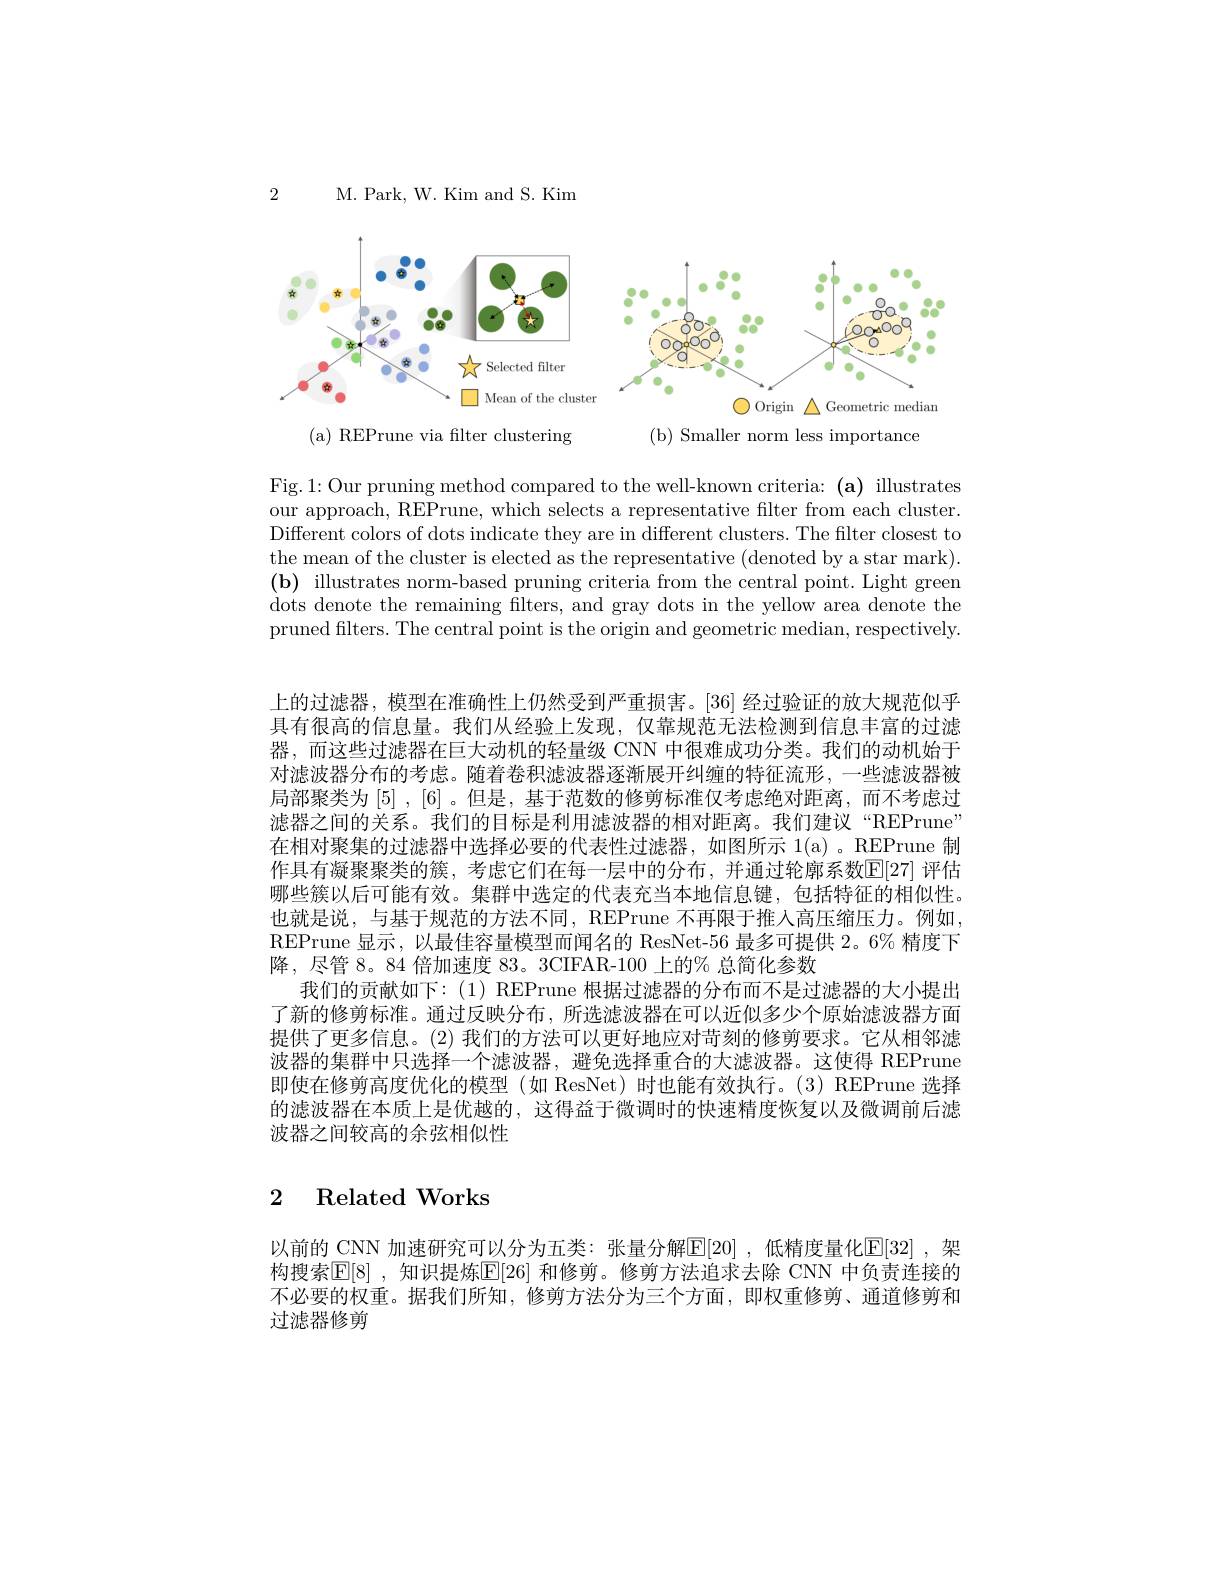
2

M. Park, W. Kim and S. Kim

<FigureHere>

(a) REPrune via filter clustering

( b) Smaller norm less importance

Fig.1:Our pruning method compared to the well-known criteria: (a) illustrates our approach, REPrune, which selects a representative filter from each cluster. Different colors of dots indicate they are in different clusters. The filter closest to the mean of the cluster is elected as the representative (denoted by a star mark). $\mathbf{(b)}$ illustrates norm-based pruning criteria from the central point. Light green dots denote the remaining filters, and gray dots in the yellow area denote the pruned filters. The central point is the origin and geometric median, respectively.

上的过滤器，模型在准确性上仍然受到严重损害。[36] 经过验证的放大规范似乎具有很高的信息量。我们从经验上发现，仅靠规范无法检测到信息丰富的过滤器，而这些过滤器在巨大动机的轻量级 CNN 中很难成功分类。我们的动机始于对滤波器分布的考虑。随着卷积滤波器逐渐展开纠缠的特征流形，一些滤波器被局部聚类为$\left[5\right],\left[6\right]$。但是，基于范数的修剪标准仅考虑绝对距离，而不考虑过滤器之间的关系。我们的目标是利用滤波器的相对距离。我们建议“REPrune” 在相对聚集的过滤器中选择必要的代表性过滤器，如图所示 1(a)。REPrune 制作具有凝聚聚类的簇，考虑它们在每一层中的分布，并通过轮廓系数$\mathbb{E}[27]$ 评估哪些簇以后可能有效。集群中选定的代表充当本地信息键，包括特征的相似性。也就是说，与基于规范的方法不同，REPrune 不再限于推入高压缩压力。例如， REPrune 显示，以最佳容量模型而闻名的 ResNet-56 最多可提供 2。6% 精度下降，尽管 8。84 倍加速度 83。3CIFAR-100 上的% 总简化参数
我们的贡献如下：(1) REPrune 根据过滤器的分布而不是过滤器的大小提出了新的修剪标准。通过反映分布，所选滤波器在可以近似多少个原始滤波器方面提供了更多信息。(2) 我们的方法可以更好地应对苛刻的修剪要求。它从相邻滤波器的集群中只选择一个滤波器，避免选择重合的大滤波器。这使得 REPrune 即使在修剪高度优化的模型(如 ResNet)时也能有效执行。(3) REPrune 选择的滤波器在本质上是优越的，这得益于微调时的快速精度恢复以及微调前后滤波器之间较高的余弦相似性

## 2 Related Works

以前的 CNN 加速研究可以分为五类：张量分解$\mathbb{E}[20]$ ,低精度量化$\mathbb{E}[32]$ ,架构搜索[E[8] ,知识提炼[E[26] 和修剪。修剪方法追求去除 CNN 中负责连接的不必要的权重。据我们所知，修剪方法分为三个方面，即权重修剪、通道修剪和过滤器修剪